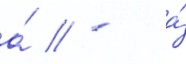
а́ // - а́